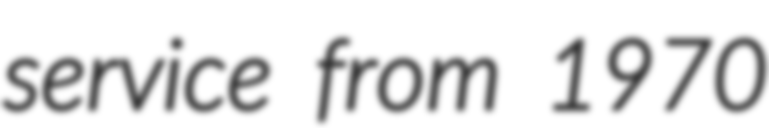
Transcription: service from 1970